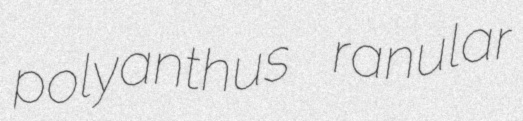
polyanthus ranular